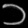
Digit: ၁